Civil Veterinary Department Bihar reports 1940-50 - 1940-1950
Year: 1940
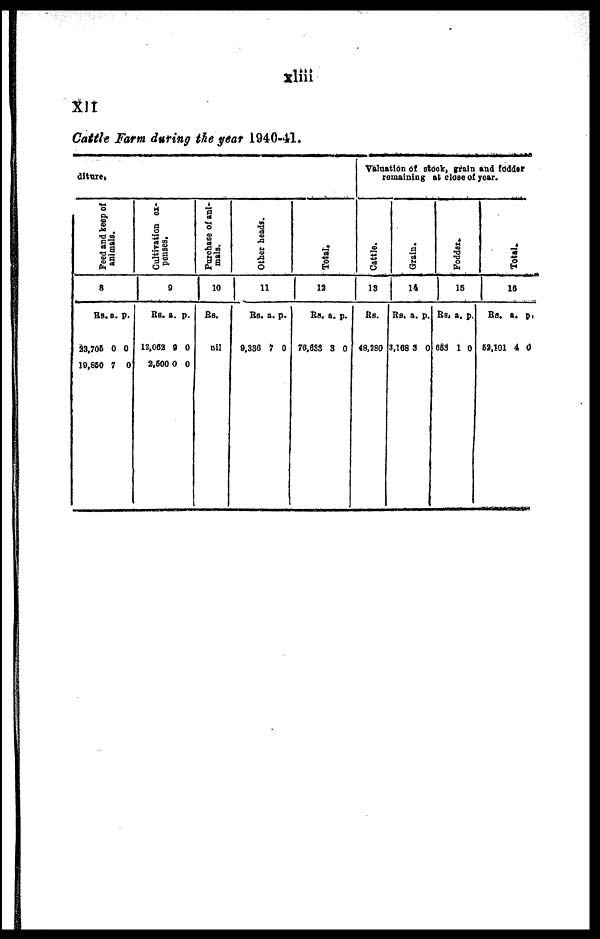
xiiii
xii
Cattle Farm during the year 1940-41.
diture.
Peed and keep of
animals.
8
Rs.
23,706
19,850
a.
0
7
p.
0
0
Cultnration ex-
penses.
9
Rs.
12,062
2,600
a.
0
0
p.
0
0
Purchase of ani-
mals.
10
Rs.
nil
Other heads .
11
Rs.
9,336
a.
7
p.
0
Total.
12
Rs,
76,633
a.
3
p.
0
Valuation o
remain
f
in
stock,
grain
g at clo
se
and fod
of year.
der
Cattle.
13
Rs.
48,280
Grain.
1
4
Rs.
3,168
a.
3
p.
0
Fodder-
15
Rs.
653
a.
1
p.
0
Total.
16
Rs.
52,101
a.
4
p.
0